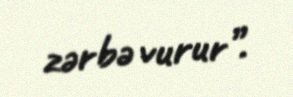
zərbə vurur”.